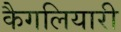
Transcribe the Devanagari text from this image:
कैगलियारी